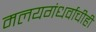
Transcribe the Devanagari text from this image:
मलयगंधर्वाचीही